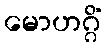
မောဟဂ္ဂိံ